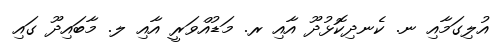
އުލިގަމާއި ނ. ކެނދިކޮޅުދޫ އާއި ރ. މަޑުއްވަރީ އާއި ލ. މާބައިދޫ ގައި